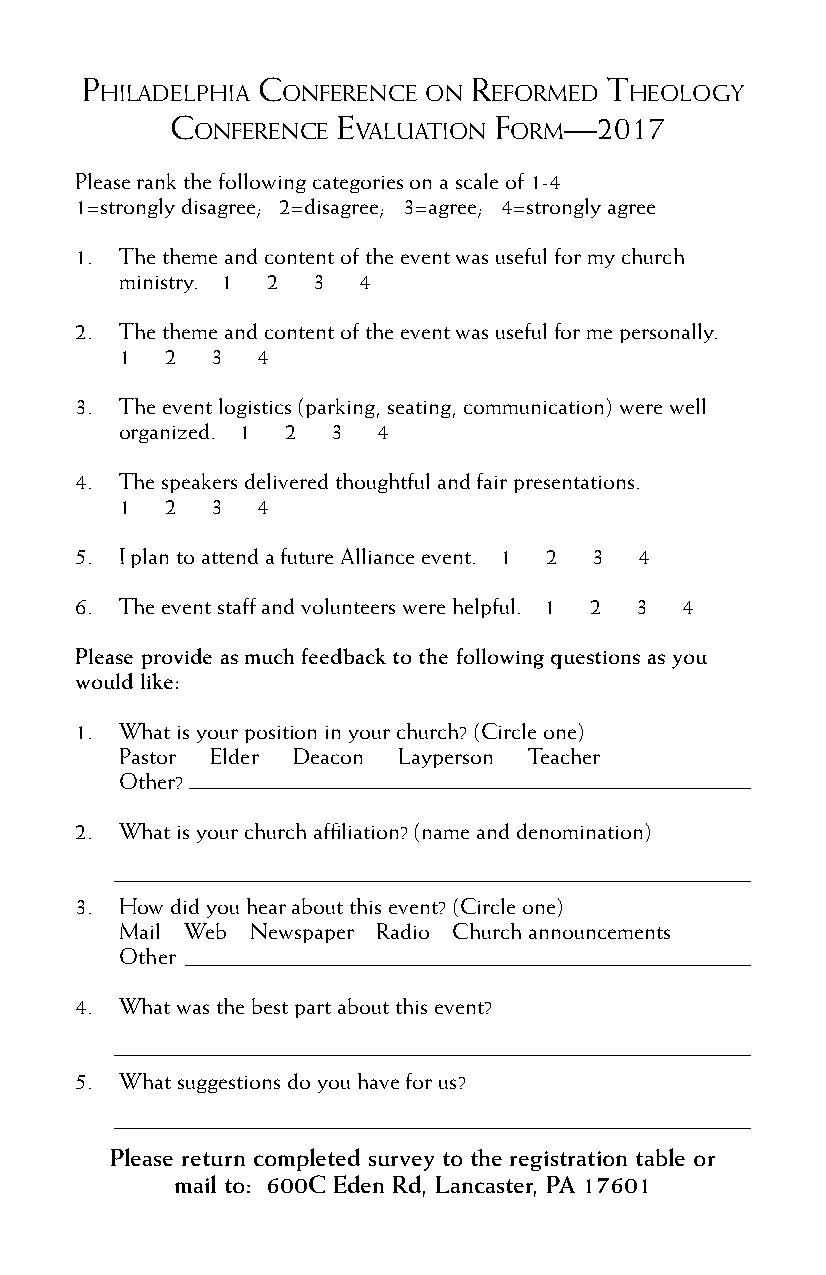
p           C             r        T
 hIladelphIa onferenCe on eformed   heoloGy
 C          e          f   —2017
 onferenCe valuaTIon  orm
 Please rank the following categories on a scale of 1-4
 1=strongly disagree; 2=disagree; 3=agree; 4=strongly agree
 1. The theme and content of the event was useful for my church
 ministry. 1 2 3 4
 2. The theme and content of the event was useful for me personally.
 1  2  3  4
 3. The event logistics (parking, seating, communication) were well
 organized. 1 2 3 4
 4. The speakers delivered thoughtful and fair presentations.
 1  2  3  4
 5. I plan to attend a future Alliance event. 1 2 3 4
 6. The event staff and volunteers were helpful. 1 2 3 4
 Please provide as much feedback to the following questions as you
 would like:
 1. What is your position in your church? (Circle one)
 Pastor Elder Deacon Layperson Teacher
 Other?
 2. What is your church affiliation? (name and denomination)
 3. How did you hear about this event? (Circle one)
 Mail Web Newspaper Radio Church announcements
 Other
 4. What was the best part about this event?
 5. What suggestions do you have for us?
 Please return completed survey to the registration table or
 mail to: 600C Eden Rd, Lancaster, PA 17601